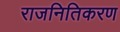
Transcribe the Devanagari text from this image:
राजनितिकरण